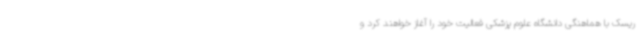
ریسک با هماهنگی دانشگاه علوم پزشکی فعالیت خود را آغاز خواهند کرد و